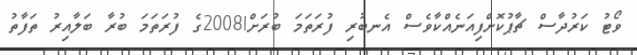
ވޯޓު ކަރުދާސް ޗާޕުކޮށްފިއަނެއްކާވެސް އެނބުރި ފުރަތަމަ ބުރަށް!2008ގެ ފުރަތަމަ ބުރާ ބަލާއިރު ތަފާތު